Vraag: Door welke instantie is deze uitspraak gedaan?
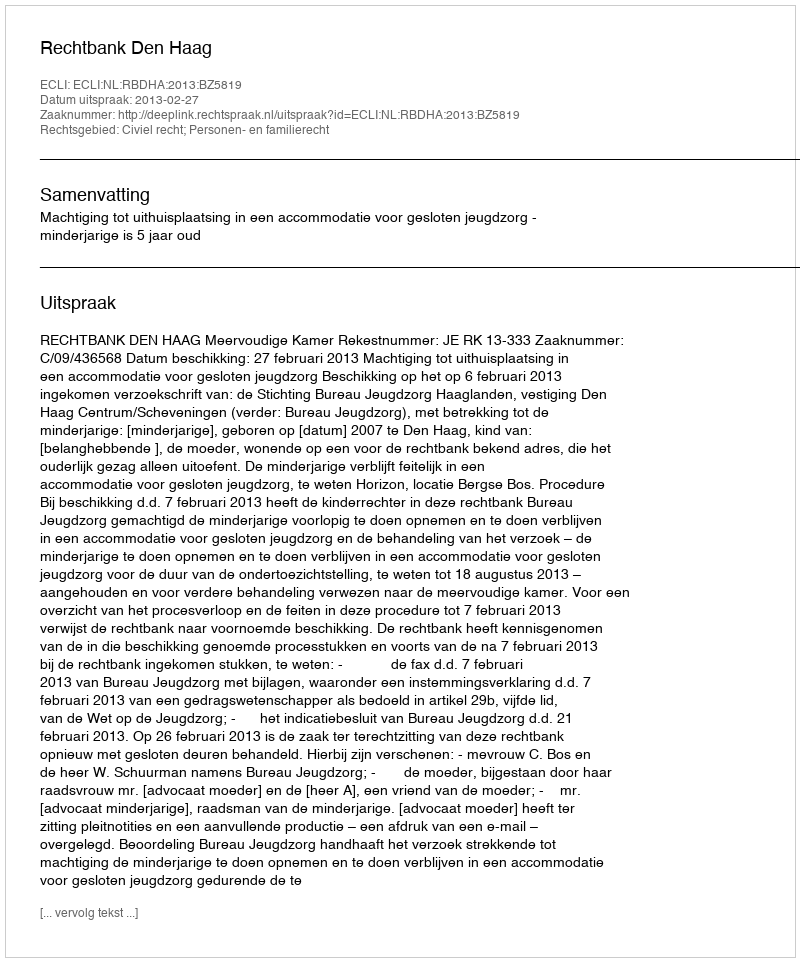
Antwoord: Rechtbank Den Haag